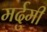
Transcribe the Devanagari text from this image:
मर्दुमी